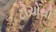
ટોચોથી